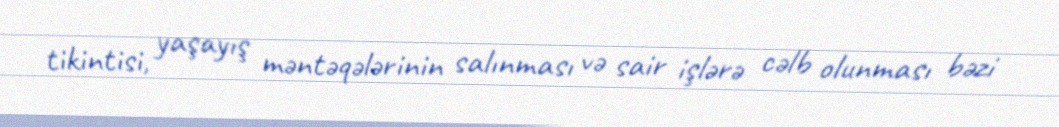
tikintisi, yaşayış məntəqələrinin salınması və sair işlərə cəlb olunması bəzi